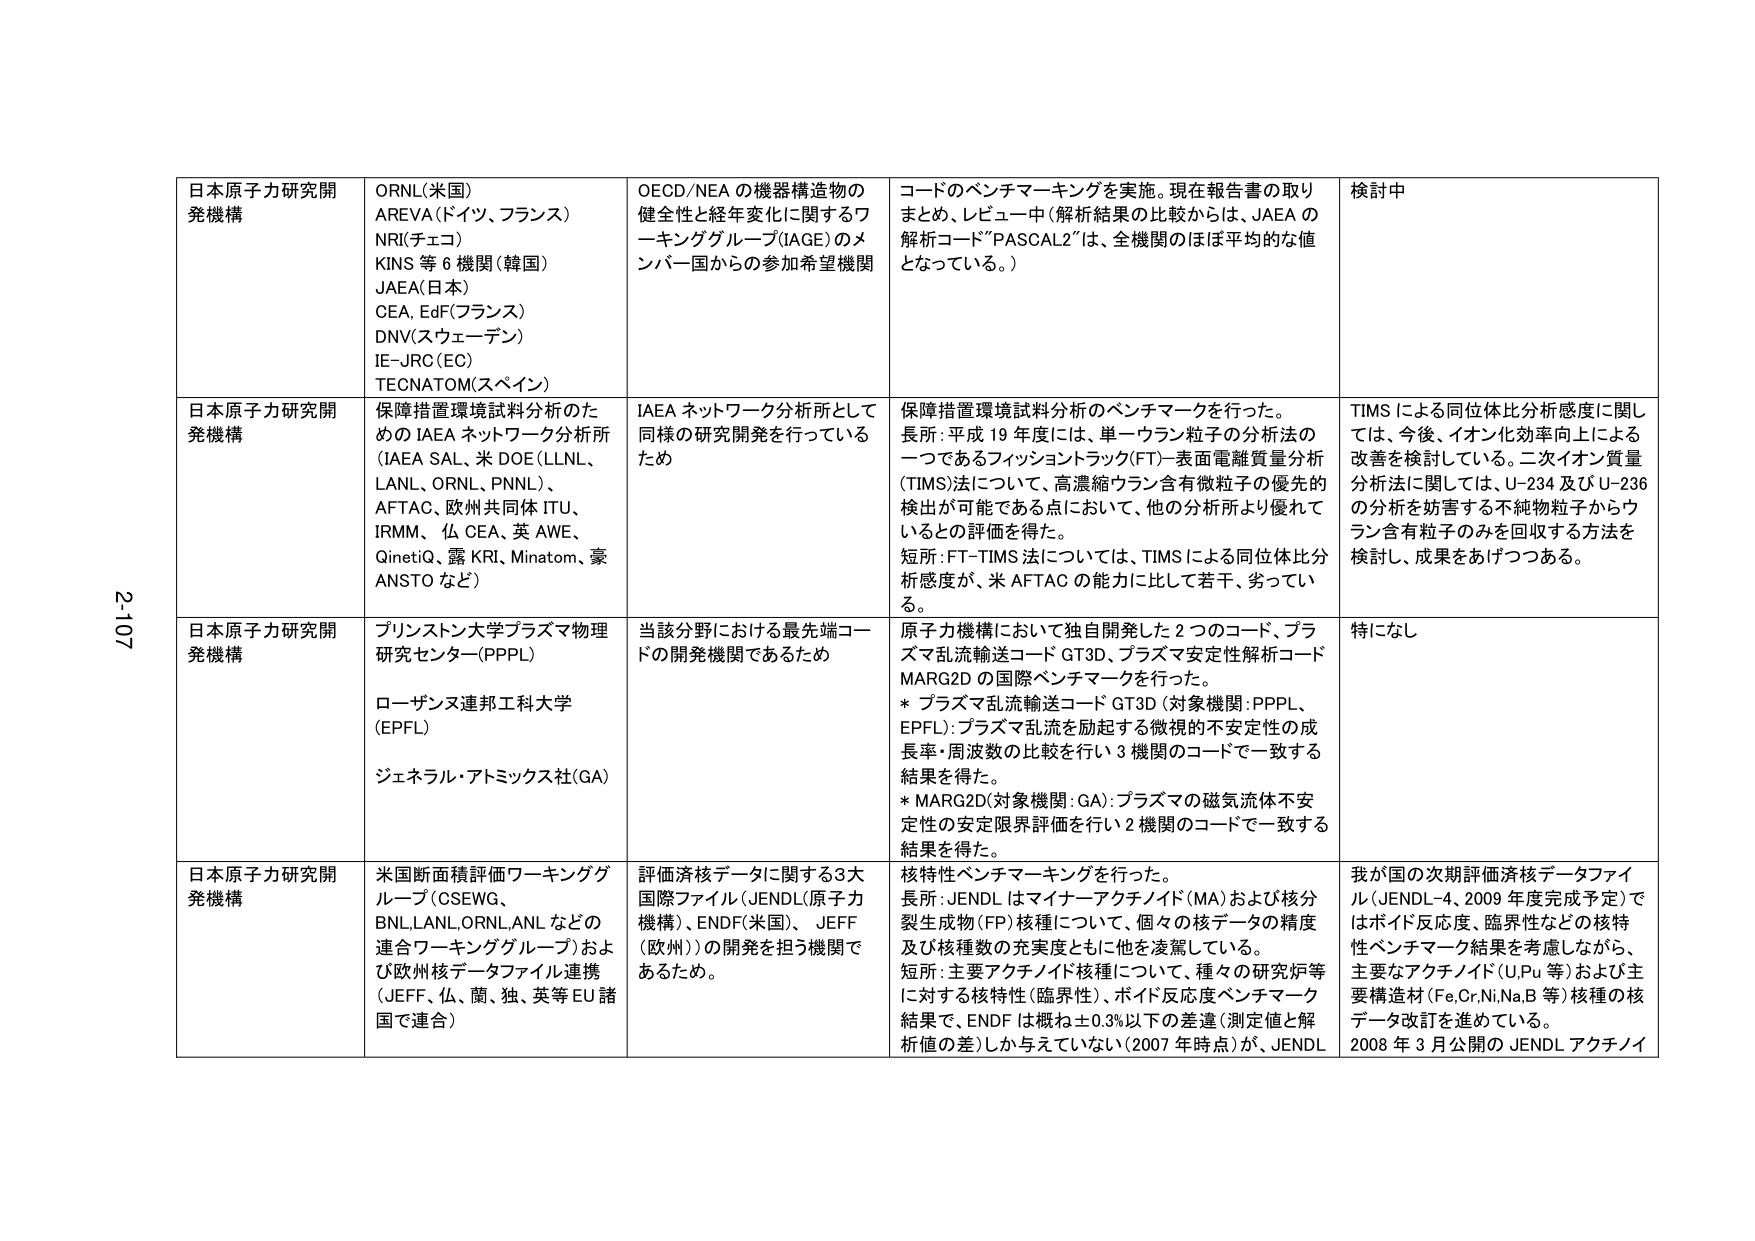
日本原子力研究開発機構
ORNL(米国)
AREVA(ドイツ、フランス)
NR(チェコ)
KINS 等 6 機関(韓国)
JAEA(日本)
CEA, EdF(フランス)
DNV(スウェーデン)
IE-JRC (EC)
TECNATOM(スペイン)
OECD/NEA の機器構造物の健全性と経年変化に関するワーキンググループ(IA GE)のメンバー国からの参加希望機関
コードのベンチマーキングを実施。現在報告書の取りまとめ、レビュー中(解析結果の比較からは、JAEA の解析コード"PASCAL2"は、全機関のほぼ平均的な値となっている。)
検討中
日本原子力研究開発機構
保障措置環境試料分析のための IAEA ネットワーク分析所 (IAEA SAL、米 DOE(LLNL、LANL、ORNL、PNNL)、AFTAC、欧州共同体 ITU、IRMM、仏 CEA、英 AWE、QinetiQ、露 KRI、Minatom、豪 ANSTO など)
IAEA ネットワーク分析所として同様の研究開発を行っているため
保障措置環境試料分析のベンチマークを行った。
長所:平成 19 年度には、単一ウラン粒子の分析法の一つであるフィッシュントラック(FT)-表面電離質量分析(TIMS)法について、高濃縮ウラン含有微粒子の優先的検出が可能である点において、他の分析所より優れているとの評価を得た。
短所:FT-TIMS 法については、TIMS による同位体比分析感度が、米 AFTAC の能力に比して若干、劣っている。
TIMS による同位体比分析感度に関しては、今後、イオン化効率向上による改善を検討している。二次イオン質量分析法に関しては、U-234 及び U-236 の分析を妨害する不純物粒子からウラン含有粒子のみを回収する方法を検討し、成果をあげつつある。
日本原子力研究開発機構
プリンストン大学プラズマ物理研究センター(PPPL)
ローザンス連邦工科大学 (EPFL)
ジェネラル・アトミックス社(GA)
当該分野における最先端コードの開発機関であるため
原子力機構において独自開発した 2 つのコード、プラズマ乱流輸送コード GT3D、プラズマ安定性解析コード MARG2D の国際ベンチマークを行った。
* プラズマ乱流輸送コード GT3D (対象機関:PPPL、EPFL):プラズマ乱流を励起する微視的不安定性の成長率・周波数の比較を行い 3 機関のコードで一致する結果を得た。
* MARG2D(対象機関:GA):プラズマの磁気流体不安定性の安定限界評価を行い 2 機関のコードで一致する結果を得た。
特になし
日本原子力研究開発機構
米国断面積評価ワーキンググループ(OSEWG、BNL,LANL,ORNL,ANL などの連合ワーキンググループ)および欧州核データファイル連携(JEFF、仏、蘭、独、英等 EU 諸国で連合)
評価済核データに関する3大国際ファイル(JENDL(原子力機構)、ENDF(米国)、JEFF (欧州))の開発を担う機関であるため。
核特性ベンチマーキングを行った。
長所:JENDL はマイナーアクチノイド(MA)および核分裂生成物(FP)核種について、個々の核データの精度及び核種数の充実度ともに他を凌駕している。
短所:主要アクチノイド核種について、種々の研究炉等に対する核特性(臨界性)、ボイド反応度ベンチマーク結果で、ENDF は概ね±0.3%以下の差値(測定値と解析値の差)しか与えていない(2007 年時点)が、JENDL
我が国の次期評価済核データファイル(JENDL-4、2009 年度完成予定)ではボイド反応度、臨界性などの核特性ベンチマーク結果を考慮しながら、主要なアクチノイド(U,Pu 等)および主要構造材(Fe,Cr,Ni,Na,B 等)核種の核データ改訂を進めている。
2008 年 3 月公開の JENDL アクチノイ
2-107